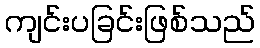
ကျင်းပခြင်းဖြစ်သည်